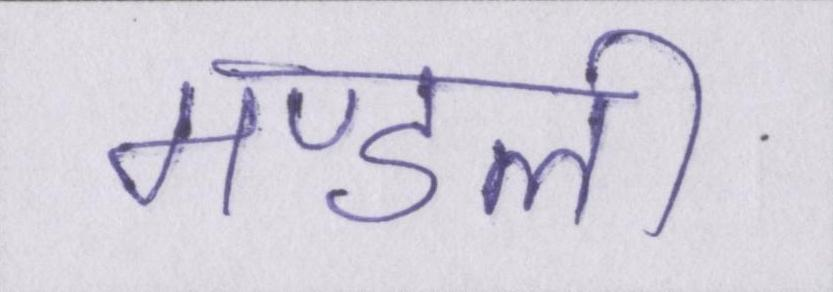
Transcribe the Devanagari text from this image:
मण्डली